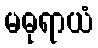
မဓုရာယံ